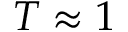
T \approx 1